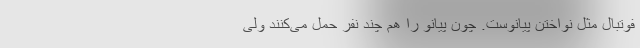
فوتبال مثل نواختن پیانوست. چون پیانو را هم چند نفر حمل می‌کنند ولی